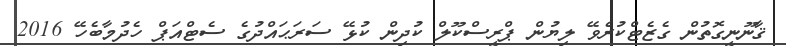
ޤާނޫނީގޮތުން ގެޒެޓްކުރެވޭ ލިޔުން ޕްރީސްކޫލް ކުދިން ކުޅޭ ސަރަޙައްދުގެ ސެޓްއަޕް ހެދުމާބެހޭ 2016